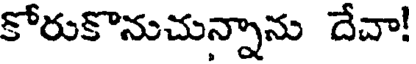
కోరుకొనుచున్నాను దేవా!